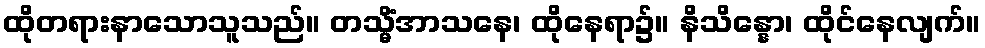
ထိုတရားနာသောသူသည်။ တသ္မိံအာသနေ၊ ထိုနေရာ၌။ နိသိန္နော၊ ထိုင်နေလျက်။